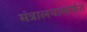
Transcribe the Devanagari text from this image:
मंत्रालयामार्फत